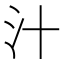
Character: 汁